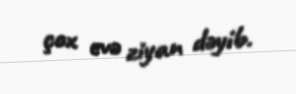
çox evə ziyan dəyib.